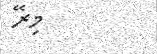
މިރޭ